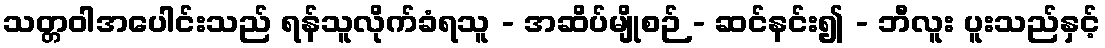
သတ္တဝါအပေါင်းသည် ရန်သူလိုက်ခံရသူ - အဆိပ်မျိုစဉ် - ဆင်နင်း၍ - ဘီလူး ပူးသည်နှင့်